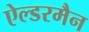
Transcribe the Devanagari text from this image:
ऐल्डरमैन